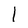
Character: I